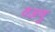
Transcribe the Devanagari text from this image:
वअणु